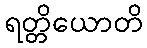
ရတ္တိယောတိ